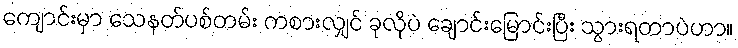
ကျောင်းမှာ သေနတ်ပစ်တမ်း ကစားလျှင် ခုလိုပဲ ချောင်းမြောင်းပြီး သွားရတာပဲဟာ။